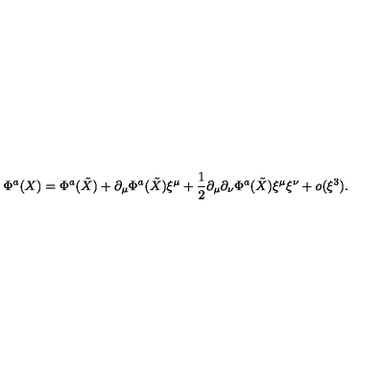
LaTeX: \Phi ^ { a } ( X ) = \Phi ^ { a } ( \tilde { X } ) + \partial _ { \mu } \Phi ^ { a } ( \tilde { X } ) \xi ^ { \mu } + \frac { 1 } { 2 } \partial _ { \mu } \partial _ { \nu } \Phi ^ { a } ( \tilde { X } ) \xi ^ { \mu } \xi ^ { \nu } + o ( \xi ^ { 3 } ) .